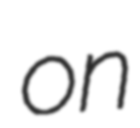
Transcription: on